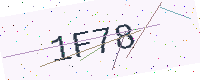
Text: 1F78